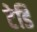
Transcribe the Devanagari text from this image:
टेडि